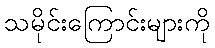
သမိုင်းကြောင်းများကို